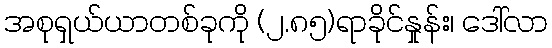
အစုရှယ်ယာတစ်ခုကို (၂.၈၅)ရာခိုင်နှုန်း၊ ဒေါ်လာ